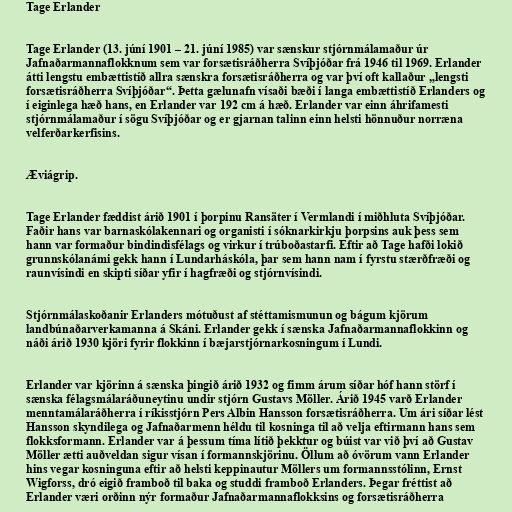
Tage Erlander

Tage Erlander (13. júní 1901 – 21. júní 1985) var sænskur stjórnmálamaður úr
Jafnaðarmannaflokknum sem var forsætisráðherra Svíþjóðar frá 1946 til 1969. Erlander
átti lengstu embættistíð allra sænskra forsætisráðherra og var því oft kallaður „lengsti
forsætisráðherra Svíþjóðar“. Þetta gælunafn vísaði bæði í langa embættistíð Erlanders og
í eiginlega hæð hans, en Erlander var 192 cm á hæð. Erlander var einn áhrifamesti
stjórnmálamaður í sögu Svíþjóðar og er gjarnan talinn einn helsti hönnuður norræna
velferðarkerfisins.

Æviágrip.

Tage Erlander fæddist árið 1901 í þorpinu Ransäter í Vermlandi í miðhluta Svíþjóðar.
Faðir hans var barnaskólakennari og organisti í sóknarkirkju þorpsins auk þess sem
hann var formaður bindindisfélags og virkur í trúboðastarfi. Eftir að Tage hafði lokið
grunnskólanámi gekk hann í Lundarháskóla, þar sem hann nam í fyrstu stærðfræði og
raunvísindi en skipti síðar yfir í hagfræði og stjórnvísindi.

Stjórnmálaskoðanir Erlanders mótuðust af stéttamismunun og bágum kjörum
landbúnaðarverkamanna á Skáni. Erlander gekk í sænska Jafnaðarmannaflokkinn og
náði árið 1930 kjöri fyrir flokkinn í bæjarstjórnarkosningum í Lundi.

Erlander var kjörinn á sænska þingið árið 1932 og fimm árum síðar hóf hann störf í
sænska félagsmálaráðuneytinu undir stjórn Gustavs Möller. Árið 1945 varð Erlander
menntamálaráðherra í ríkisstjórn Pers Albin Hansson forsætisráðherra. Um ári síðar lést
Hansson skyndilega og Jafnaðarmenn héldu til kosninga til að velja eftirmann hans sem
flokksformann. Erlander var á þessum tíma lítið þekktur og búist var við því að Gustav
Möller ætti auðveldan sigur vísan í formannskjörinu. Öllum að óvörum vann Erlander
hins vegar kosninguna eftir að helsti keppinautur Möllers um formannsstólinn, Ernst
Wigforss, dró eigið framboð til baka og studdi framboð Erlanders. Þegar fréttist að
Erlander væri orðinn nýr formaður Jafnaðarmannaflokksins og forsætisráðherra